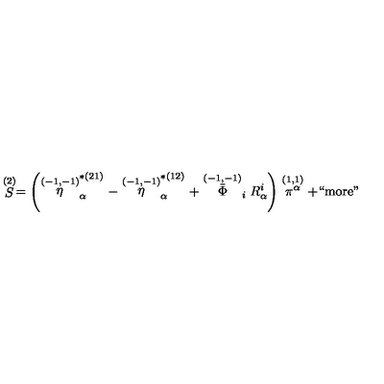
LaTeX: \stackrel { ( 2 ) } { S } = \left( \stackrel { ( - 1 , - 1 ) } { \eta } _ { \alpha } ^ { * ( 2 1 ) } - \stackrel { ( - 1 , - 1 ) } { \eta } _ { \alpha } ^ { * ( 1 2 ) } + \stackrel { ( - 1 , - 1 ) } { \bar { \Phi } } _ { i } R _ { \alpha } ^ { i } \right) \stackrel { ( 1 , 1 ) } { \pi ^ { \alpha } } + \mathrm { ` ` m o r e " }